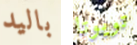
باليد تويوتا